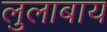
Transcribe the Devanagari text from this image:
लुलाबाय